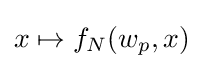
x\mapsto f_{N}(w_{p},x)